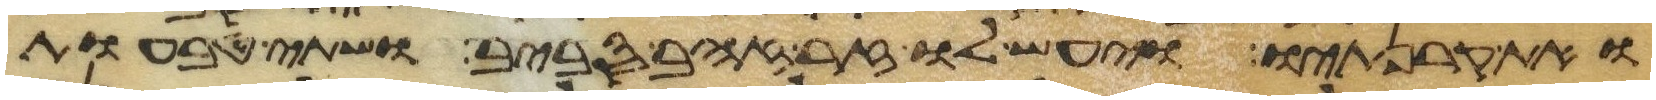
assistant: ואת קרנתיו ויעש לו זר זהב סביב ושתי טבעות